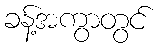
ခန့်အကွာတွင်